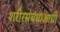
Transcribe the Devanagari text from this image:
शरीरसंबंधाआधी